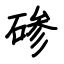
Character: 碜